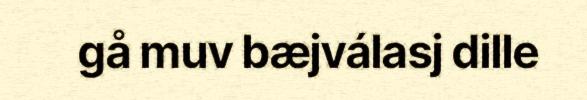
gå muv bæjválasj dille